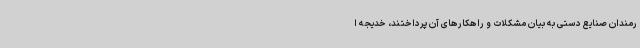
رمندان صنایع دستی به بیان مشکلات و راهکارهای آن پرداختند، خدیجه ا